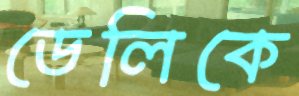
ডেলিকে